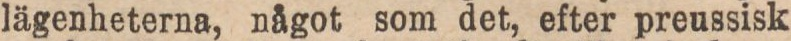
lägenheterna, något som det, efter preussisk